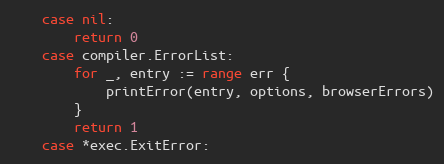
Language: Go
	case nil:
		return 0
	case compiler.ErrorList:
		for _, entry := range err {
			printError(entry, options, browserErrors)
		}
		return 1
	case *exec.ExitError: